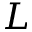
L